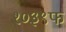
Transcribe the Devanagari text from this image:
१०३९फ